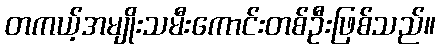
တကယ့်အမျိုးသမီးကောင်းတစ်ဦးဖြစ်သည်။